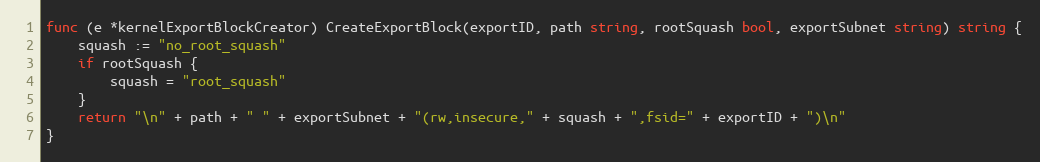
Language: Go
func (e *kernelExportBlockCreator) CreateExportBlock(exportID, path string, rootSquash bool, exportSubnet string) string {
	squash := "no_root_squash"
	if rootSquash {
		squash = "root_squash"
	}
	return "\n" + path + " " + exportSubnet + "(rw,insecure," + squash + ",fsid=" + exportID + ")\n"
}